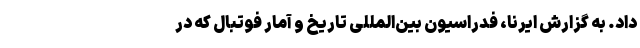
داد. به گزارش ایرنا، فدراسیون بین‌المللی تاریخ و آمار فوتبال که در